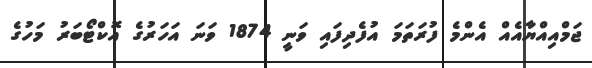
ޖަމްއިއްޔާއެއް އެންމެ ފުރަތަމަ އުފެދިފައި ވަނީ 1874 ވަނަ އަހަރުގެ އޮކްޓޯބަރު މަހުގެ